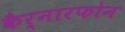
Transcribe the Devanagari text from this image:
कैर्नारफोन